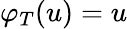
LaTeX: \varphi_{T}(u)=u